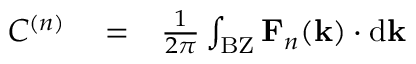
\begin{array} { r l r } { C ^ { ( n ) } } & { { } = } & { \frac { 1 } { 2 \pi } \int _ { \mathrm { B Z } } \mathbf { F } _ { n } ( \mathbf { k } ) \cdot \mathrm { d } \mathbf { k } } \end{array}